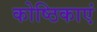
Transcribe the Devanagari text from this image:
कोष्ठिकाएं